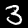
Label: 3